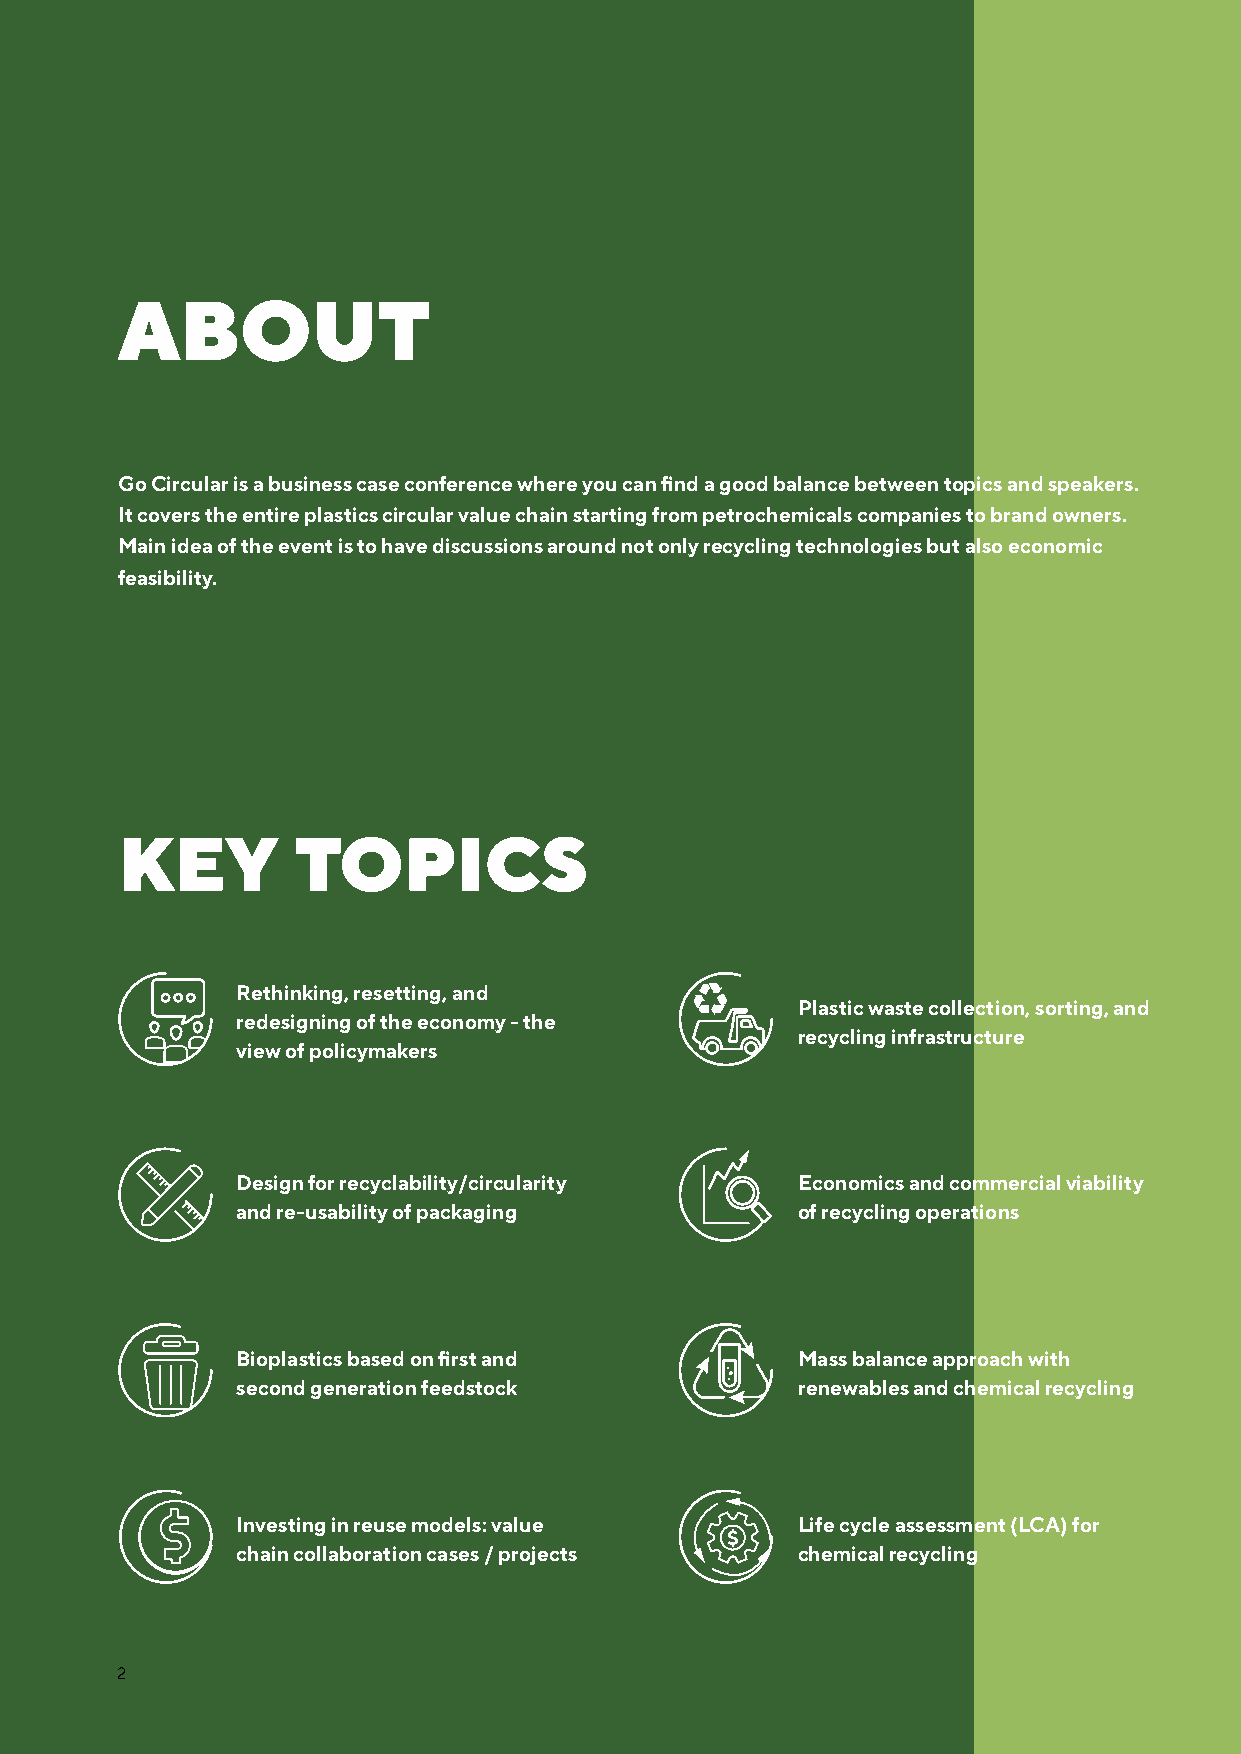
ABOUT
 Go Circular is a business case conference where you can find a good balance between topics and speakers.
 It covers the entire plastics circular value chain starting from petrochemicals companies to brand owners.
 Main idea of the event is to have discussions around not only recycling technologies but also economic
 feasibility.
 KEY        TOPICS
 Rethinking, resetting, and
 Plastic waste collection, sorting, and
 redesigning of the economy - the
 recycling infrastructure
 view of policymakers
 Design for recyclability/circularity Economics and commercial viability
 and re-usability of packaging        of recycling operations
 Bioplastics based on first and       Mass balance approach with
 second generation feedstock          renewables and chemical recycling
 Investing in reuse models: value     Life cycle assessment (LCA) for
 chain collaboration cases / projects chemical recycling
 2